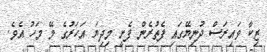
ޒިކާ ވައިރަސް ދުނިޔޭގައި ފެތުރެން ފެށީ މިދިޔަ އަހަރުގެ މޭ މަހު އެވެ.